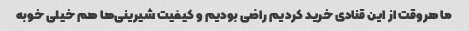
ما هروقت از این قنادی خرید کردیم راضی بودیم و کیفیت شیرینی‌ها هم خیلی خوبه